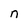
Character: n